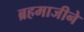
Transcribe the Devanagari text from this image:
ब्रहमाजीने